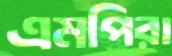
এমপিরা